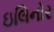
ઇલિનોર